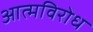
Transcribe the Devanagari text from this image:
आत्मविरोध